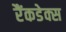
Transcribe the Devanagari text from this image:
रैंकडेक्स